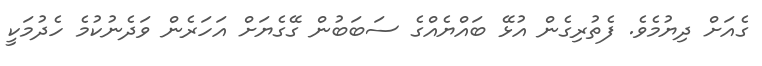
ގެއަށް ދިޔުމެވެ. ފެތުރިގެން އުޅޭ ބައްޔެއްގެ ސަބަބުން ގޭގެޔަށް އަހަރެން ވަދެނުކުމެ ހެދުމަކީ